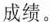
成绩。